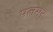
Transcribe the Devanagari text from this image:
पलमर